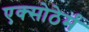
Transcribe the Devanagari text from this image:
एक्सोठेर्म